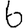
Digit: 6